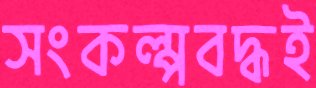
সংকল্পবদ্ধই